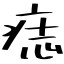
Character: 痣